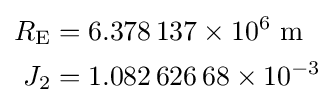
{\begin{aligned}R_{\mathrm {E} }&=6.378\,137\times 10^{6}{\text{ m}}\\J_{2}&=1.082\,626\,68\times 10^{-3}\end{aligned}}